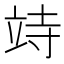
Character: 𥩳